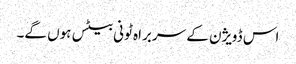
اس ڈویژن کے سربراہ ٹونی بیٹس ہوں گے۔